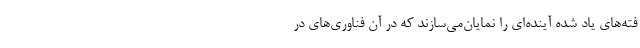
فته‌های یاد شده آینده‌ای را نمایان‌می‌سازند که در آن فناوری‌های در